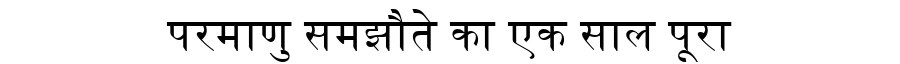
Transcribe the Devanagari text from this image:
परमाणु समझौते का एक साल पूरा